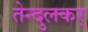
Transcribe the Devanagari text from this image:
तेन्दुलकर्